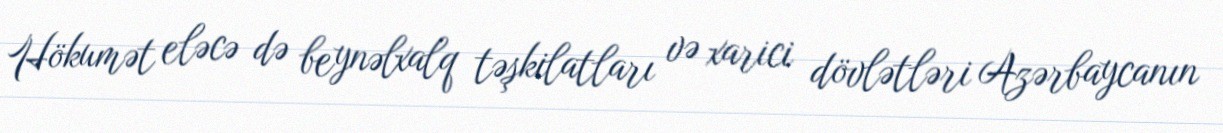
Hökumət eləcə də beynəlxalq təşkilatları və xarici dövlətləri Azərbaycanın